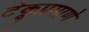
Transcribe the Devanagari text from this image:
टेकूप्रमाणे